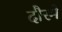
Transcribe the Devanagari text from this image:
दौरमें